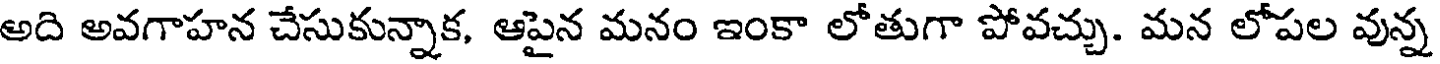
అది అవగాహన చేసుకున్నాక, ఆపైన మనం ఇంకా లోతుగా పోవచ్చు. మన లోపల వున్న